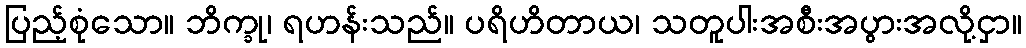
ပြည့်စုံသော။ ဘိက္ခု၊ ရဟန်းသည်။ ပရိဟိတာယ၊ သတူပါးအစီးအပွားအလို့ငှာ။